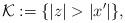
LaTeX: \begin{align*}\mathcal{K} := \{ |z| > |x'| \},\end{align*}